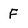
Character: F